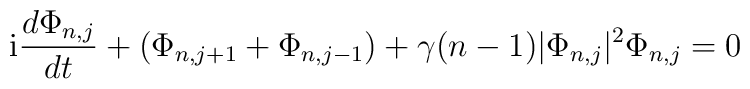
{\rm i}{d\Phi_{n,j}\over dt} + (\Phi_{n,j+1} + \Phi_{n,j-1}) + \gamma(n-1)|\Phi_{n,j}|\sp 2\Phi_{n,j}=0